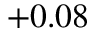
+ 0 . 0 8